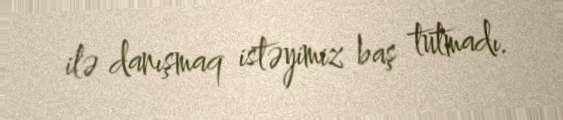
ilə danışmaq istəyimiz baş tutmadı.